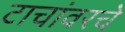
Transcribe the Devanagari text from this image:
टाचांवरचे